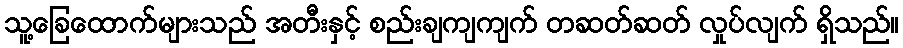
သူ့ခြေထောက်များသည် အတီးနှင့် စည်းချကျကျက် တဆတ်ဆတ် လှုပ်လျက် ရှိသည်။